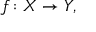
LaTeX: f \colon X \to Y ,